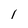
Character: l